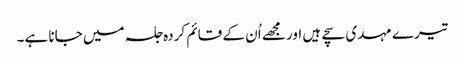
تیرے مہدی سچے ہیں اور مجھے اُن کے قائم کردہ جلسہ میں جانا ہے۔